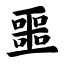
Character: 噩